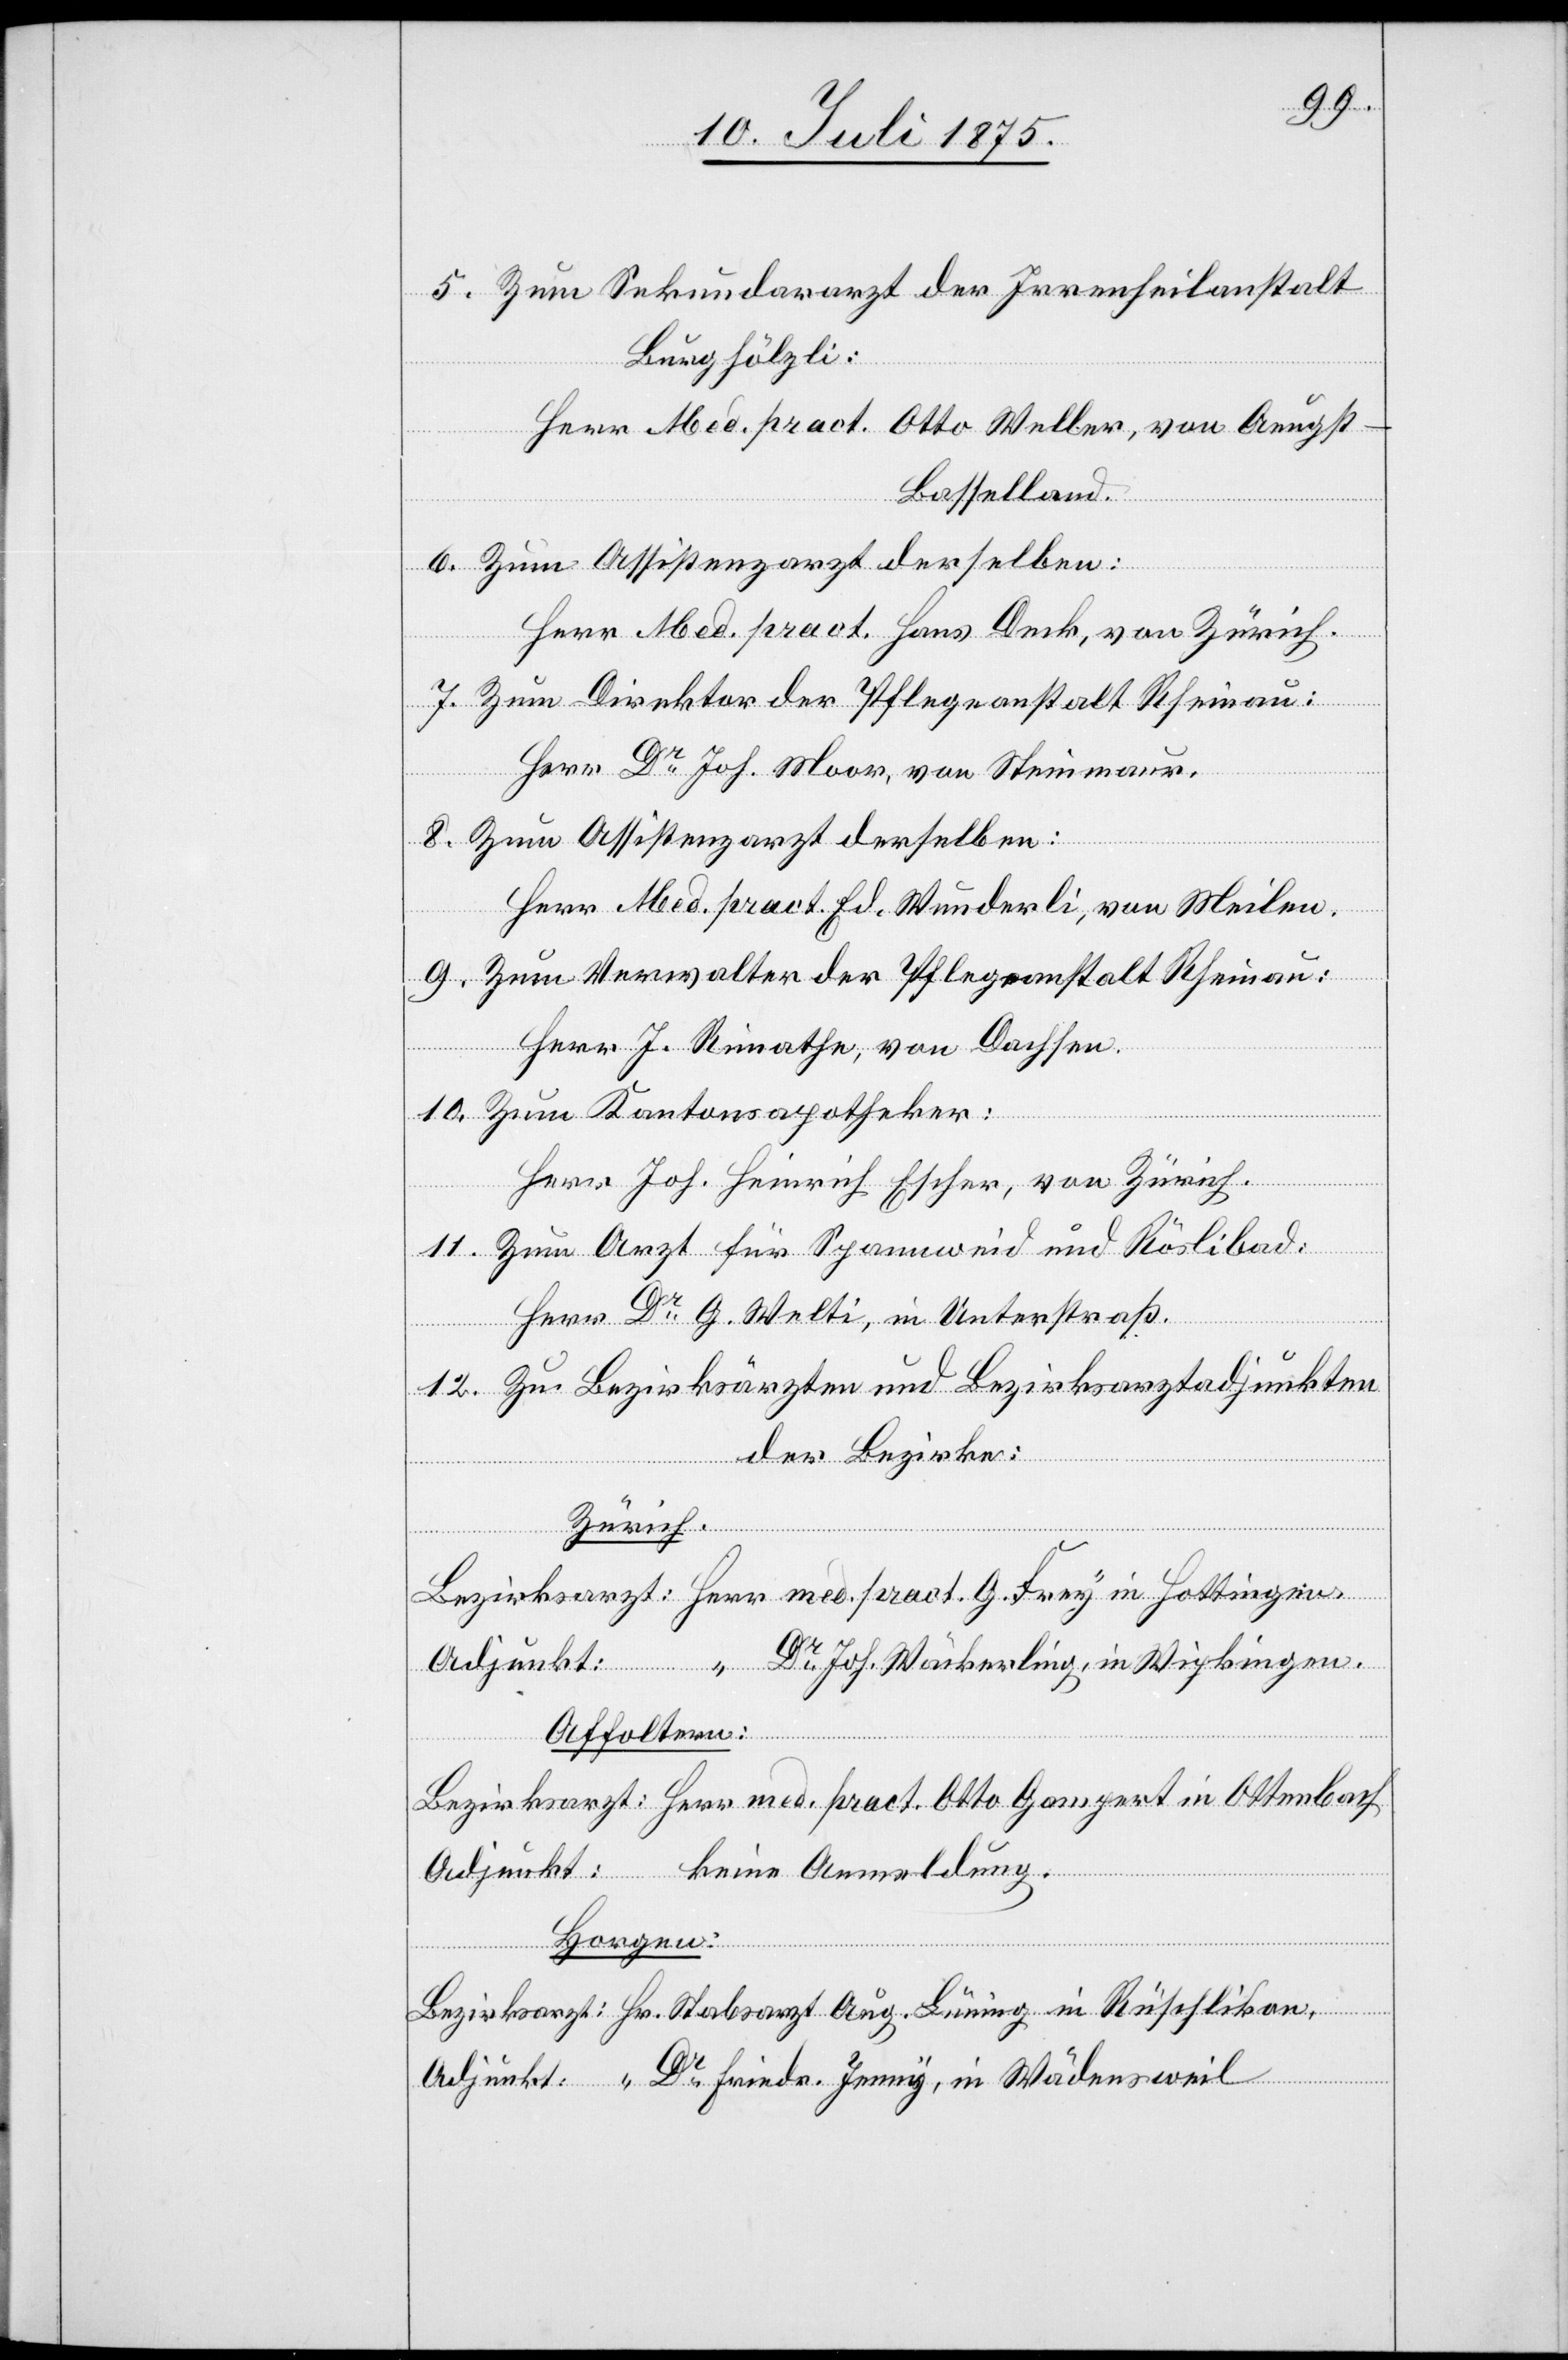
5.Zum Sekundararzt der Irrenheilanstalt
Burghölzli:
Herr Med. pract. Otto Weller, von Aeugst
Baselland.
6. Zum Assistenzarzt derselben:
Herr Med. pract. Hans Deck, von Zürich.
Jenny,
7. Zum Direktor der Pflegeanstalt Rheinau:
Herr Dr Joh. Moor, von Steinmaur.
8. Zum Assistenzarzt derselben:
9. Zum Verwalter der Pflegeanstalt Rheinau:
in
Herr Hoh. Heinrich Escher, von Zürich.
11. Zum Arzt für Spannweid und Röslibad:
Herr Dr G. Welti, in Unterstraß.
12. Zu Bezirksärzten und Bezirksarztadjunkten
der Bezirke:
Zürich:
Affoltern:
Horgen: